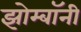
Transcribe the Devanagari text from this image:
झोम्बॉनी